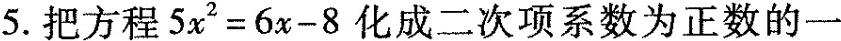
5.把方程$$5 x ^ { 2 } = 6 x - 8$$化成二次项系数为正数的一